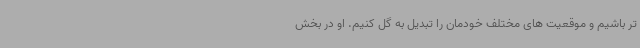
تر باشیم و موقعیت های مختلف خودمان را تبدیل به گل کنیم. او در بخش